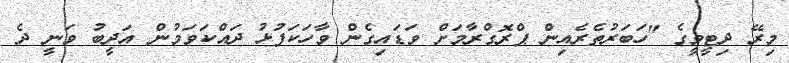
މިރޭ ދިޓީވީގެ "ހަބަރުތެރެއިން ޕްރޮގްރާމަށް ވަޑައިގެން ވާހަކަފުޅު ދައްކަވަމުން އަދީބު ވަނީ ދެ